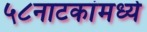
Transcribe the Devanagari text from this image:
५८नाटकांमध्ये